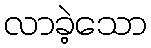
လာခဲ့သော